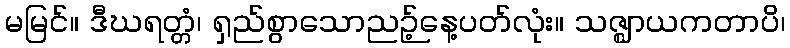
မမြင်။ ဒီဃရတ္တံ၊ ရှည်စွာသောညဉ့်နေ့ပတ်လုံး။ သဇ္ဈာယကတာပိ၊